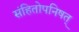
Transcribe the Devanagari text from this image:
संहितोपनिषत्